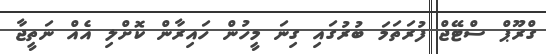
ގްރޫޕް ސްޓޭޖް ފުރަތަމަ ބުރުގައި ގިނަ މީހުން ހައިރާން ކޮށްލި އެއް ނަތީޖާ